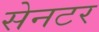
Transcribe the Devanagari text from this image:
सेनटर